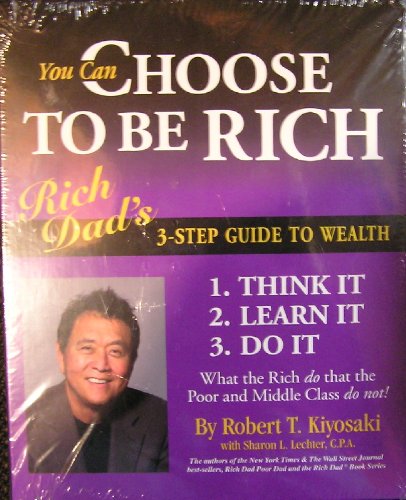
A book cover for You Can Choose to Be Rich : Rich Dad's 3-step Guide to Wealth (DVD, CD & book Set); Robert T. Kiyosaki; Business & Money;